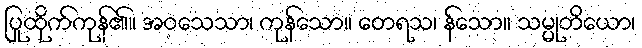
ပြုထိုက်ကုန်၏။ အဝသေသာ၊ ကုန်သော။ တေရသ၊ န်သော။ သမ္မုတိယော၊